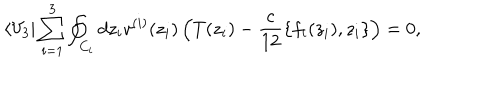
\langle V _ { 3 } | \sum _ { i = 1 } ^ { 3 } \oint _ { C _ { i } } d z _ { i } v ^ { ( i ) } ( z _ { i } ) \left( T ( z _ { i } ) - \frac { c } { 1 2 } \{ f _ { i } ( z _ { i } ) , z _ { i } \} \right) = 0 ,